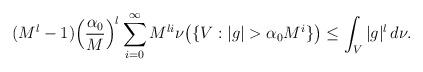
LaTeX: \begin{align*}(M^l -1) \Big(\frac{\alpha_0}{M}\Big)^l \sum_{i=0}^\infty M^{l i} \nu\big(\{ V: |g|> \alpha_0 M^i\} \big)\leq \int_{V}|g|^l \, d\nu.\end{align*}